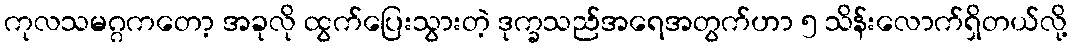
ကုလသမဂ္ဂကတော့ အခုလို ထွက်ပြေးသွားတဲ့ ဒုက္ခသည်အရေအတွက်ဟာ ၅ သိန်းလောက်ရှိတယ်လို့